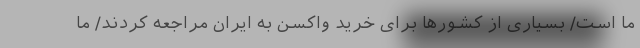
ما است/ بسیاری از کشورها برای خرید واکسن به ایران مراجعه کردند/ ما